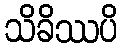
သိခိဿပိ